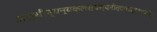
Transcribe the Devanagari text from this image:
अस्थीन्यन्यकुलस्थस्यनीत्वाचांद्रायणंचरेत्